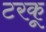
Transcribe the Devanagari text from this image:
टरकू